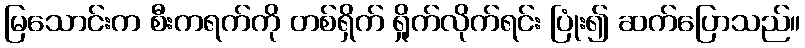
မြသောင်းက စီးကရက်ကို တစ်ရှိက် ရှိုက်လိုက်ရင်း ပြုံး၍ ဆက်ပြောသည်။